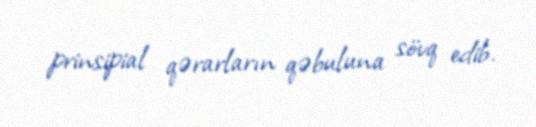
prinsipial qərarların qəbuluna sövq edib.